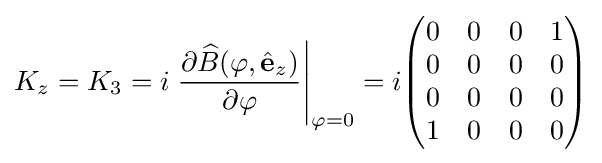
K_{z}=K_{3}=i\left.{\frac {\partial {\widehat {B}}(\varphi ,{\hat {\mathbf {e} }}_{z})}{\partial \varphi }}\right|_{\varphi =0}=i{\begin{pmatrix}0&0&0&1\\0&0&0&0\\0&0&0&0\\1&0&0&0\\\end{pmatrix}}